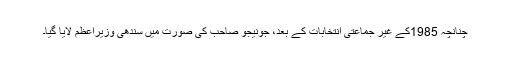
چنانچہ 1985کے غیر جماعتی انتخابات کے بعد، جونیجو صاحب کی صورت میں سندھی وزیراعظم لایا گیا۔